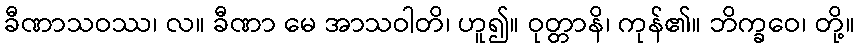
ခီဏာသဝဿ၊ လ။ ခီဏာ မေ အာသဝါတိ၊ ဟူ၍။ ဝုတ္တာနိ၊ ကုန်၏။ ဘိက္ခဝေ၊ တို့။